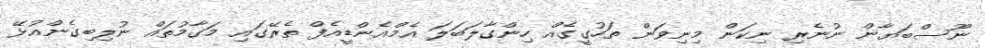
ނޫސްބަޔާން ނުނެރި ނިކަން މިނިވަން ތަހުގީގެއް ހިންގާލަބަލަ އެމްއެންޑީއެފް ތެރޭގައި މަގާމުތައް ނުލިބިގެންއުޅޭ